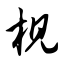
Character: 枧